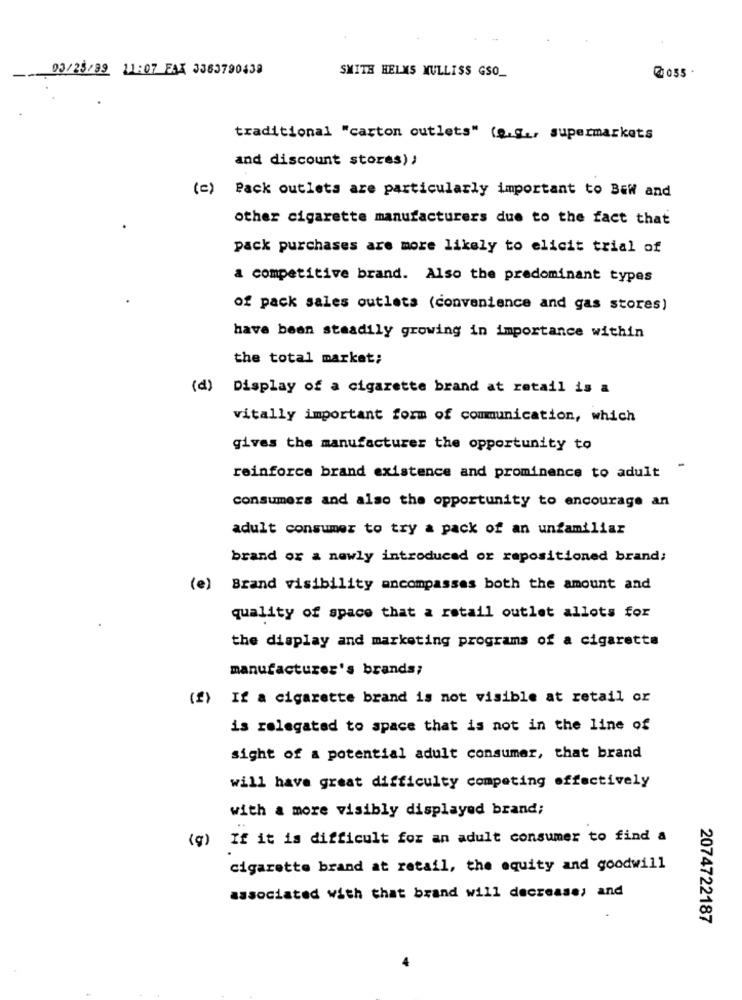
03/23/99 11:07 FAX 3363790438
SMITH HELMS MULLISS GSO_
traditional "carton outlets" (Q.q ., supermarkets
and discount stores);
(c)
Pack outlets are particularly important to Bew and
other cigarette manufacturers due to the fact that
pack purchases are more likely to elicit trial of
a competitive brand. Also the predominant types
of pack sales outlets (convenience and gas stores)
have been steadily growing in importance within
the total market;
(d) Display of a cigarette brand at retail is a
vitally important form of communication, which
gives the manufacturer the opportunity to
-
reinforce brand existence and prominence to adult
consumers and also the opportunity to encourage an
adult consumer to try a pack of an unfamiliar
brand or a newly introduced or repositioned brand;
(e) Brand visibility ancompasses both the amount and
quality of space that a retail outlet allots for
the display and marketing programs of a cigarette
manufacturer's brands;
(f) If a cigarette brand is not visible at retail or
is relegated to space that is not in the line of
sight of a potential adult consumer, that brand
will have great difficulty competing effectively
with a more visibly displayed brand;
(g)
If it is difficult for an adult consumer to find a
cigarette brand at retail, the equity and goodwill
associated with that brand will decrease; and
2074722187